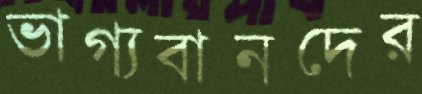
ভাগ্যবানদের